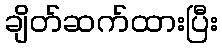
ချိတ်ဆက်ထားပြီး